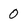
Character: 0